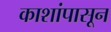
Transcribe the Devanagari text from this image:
काशांपासून